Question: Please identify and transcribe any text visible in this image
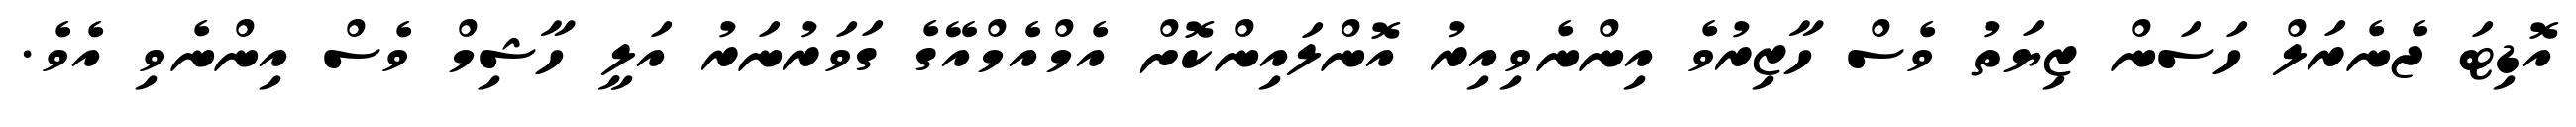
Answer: އޮޑިޓަ ޖެނެރަލް ހަސަން ޒިޔަތު ވެސް ހާޒިރުވެ އިންނެވިއިރު އޮންލައިންކޮށް އެމްއެމްއޭގެ ގަވަރުނަރު އަލީ ހާޝިމް ވެސް އިންނެވި އެވެ.